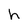
Character: h